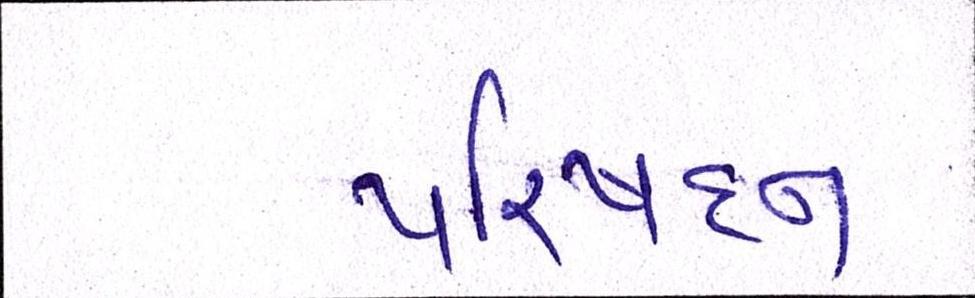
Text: પરિષદના